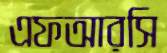
এফআরসি